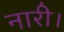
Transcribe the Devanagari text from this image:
नारी।